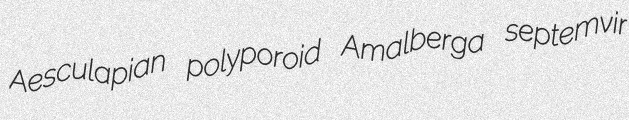
Aesculapian polyporoid Amalberga septemvir